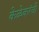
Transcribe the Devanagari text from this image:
केळेकरंची